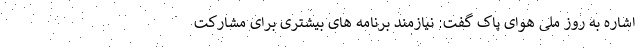
اشاره به روز ملی هوای پاک گفت: نیازمند برنامه های بیشتری برای مشارکت